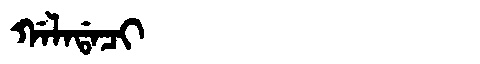
Manchu: ᡤᠠᠯᠠᡩᠠᠴᡳ
Romanization: GALADACI